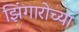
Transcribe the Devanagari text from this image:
झिंगारोच्या